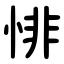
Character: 悱